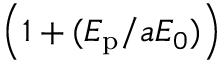
\left( 1 + ( E _ { \mathrm { p } } / a E _ { 0 } ) \right)